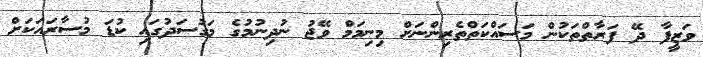
ވަޒީފާ ދޭ ފަރާތްތަކުން މަސައްކަތްތެރިންނަށް މިނިމަމް ވޭޖު ނުދިނުމުގެ މަގުސަދުގައި ކުޑަ މުސާރައަކަށް